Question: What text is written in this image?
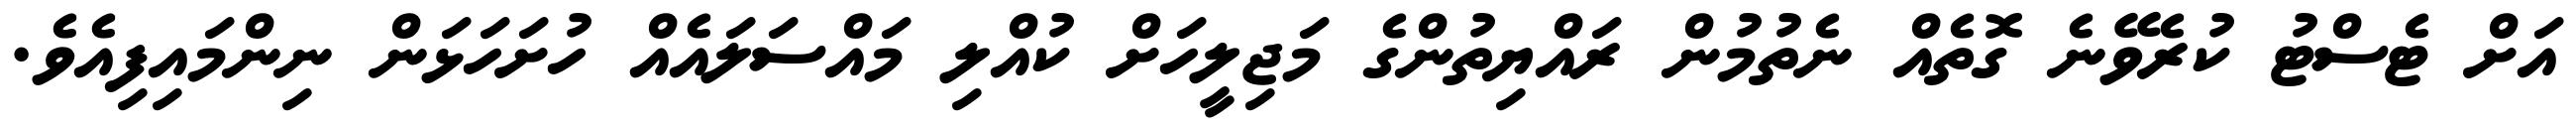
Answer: އަށް ޓެސްޓު ކުރެވޭނެ ގޮތެއް ނެތުމުން ރައްޔިތުންގެ މަޖިލީހަށް ކުއްލި މައްސަލައެއް ހުށަހަޅަން ނިންމައިފިއެވެ.